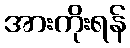
အားကိုးရန်